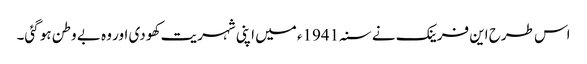
اس طرح این فرینک نے سنہ 1941ء میں اپنی شہریت کھو دی اور وہ بے وطن ہو گئی۔